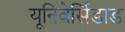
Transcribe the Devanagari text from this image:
यूनिवेर्सिडाड